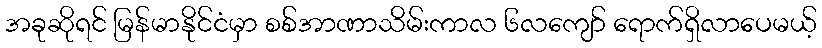
အခုဆိုရင် မြန်မာနိုင်ငံမှာ စစ်အာဏာသိမ်းကာလ ၆လကျော် ရောက်ရှိလာပေမယ့်